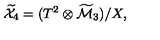
{ \widetilde { \cal X } } _ { 4 } = ( T ^ { 2 } \otimes { \widetilde { \cal M } } _ { 3 } ) / X ,